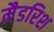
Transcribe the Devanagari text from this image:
मैडरिश